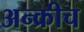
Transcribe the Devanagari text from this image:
अन्क्रीच